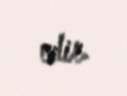
edir.